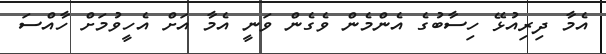
އެމާ ދިރިއުޅޭ ހިސާބުގެ އެންމެން ވެގެން ވަނީ އެމާ އަށް އެހީވުމަށް ހާއްސަ